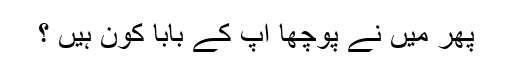
پھر میں نے پوچھا آپ کے بابا کون ہیں ؟